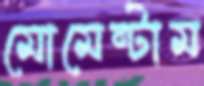
মোমেন্টাম